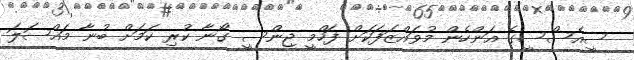
ސީއެސްސީގެ އަންހެން މުވައްޒަފަކަށް ފަހްމީ ޖިންސީ ގޯނާ ކުރި ކަމަށް ބުނާ މައްސަލަ